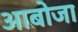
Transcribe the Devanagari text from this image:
आबोजा